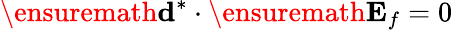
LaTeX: \ensuremath{\mathbf{d}}^{*}\cdot\ensuremath{\mathbf{E}_{f}}=0